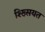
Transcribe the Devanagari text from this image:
श्ख्सियत